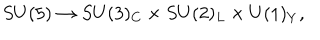
S U ( 5 ) \rightarrow S U ( 3 ) _ { C } \times S U ( 2 ) _ { L } \times U ( 1 ) _ { Y } ,